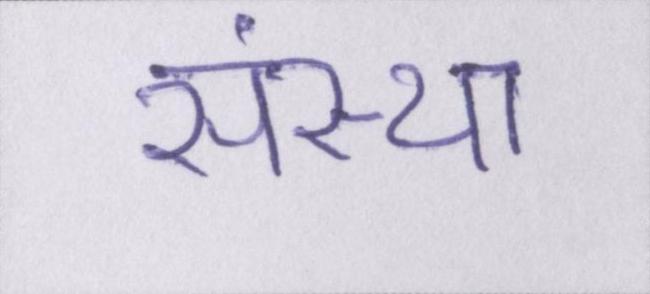
संस्था